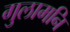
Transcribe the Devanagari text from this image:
गुलामनि